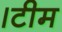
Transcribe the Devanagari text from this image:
।टीम